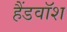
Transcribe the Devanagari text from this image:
हैंडवॉश